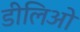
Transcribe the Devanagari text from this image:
डीलिओ